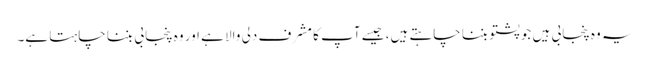
یہ وہ پنجابی ہیں جو پشتو بننا چاہتے ہیں، جیسے آپ کا مشرف دلی والا ہے اور وہ پنجابی بننا چاہتا ہے۔